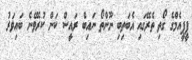
ޕީޕީއެމްގެ ގޯތި ތެރޭގައި އެބަތިބި ނޫންތޯ ނައިބް ރައީސް ކަން ކުރެވޭނެ ބައިވަރު